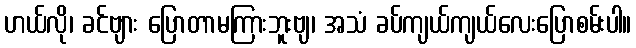
ဟယ်လို၊ ခင်ဗျား ပြောတာမကြားဘူးဗျ၊ အသံ ခပ်ကျယ်ကျယ်လေးပြောစမ်းပါ။